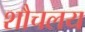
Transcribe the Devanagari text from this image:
शौचलय